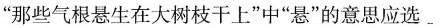
”那些气根悬生在大树枝干上”中”悬”的意思应选